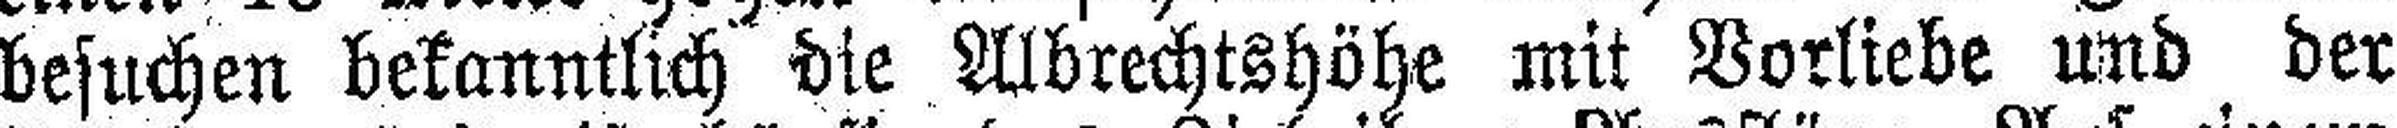
besuchen bekanntlich die Albrechtshöhe mit Vorliebe und der